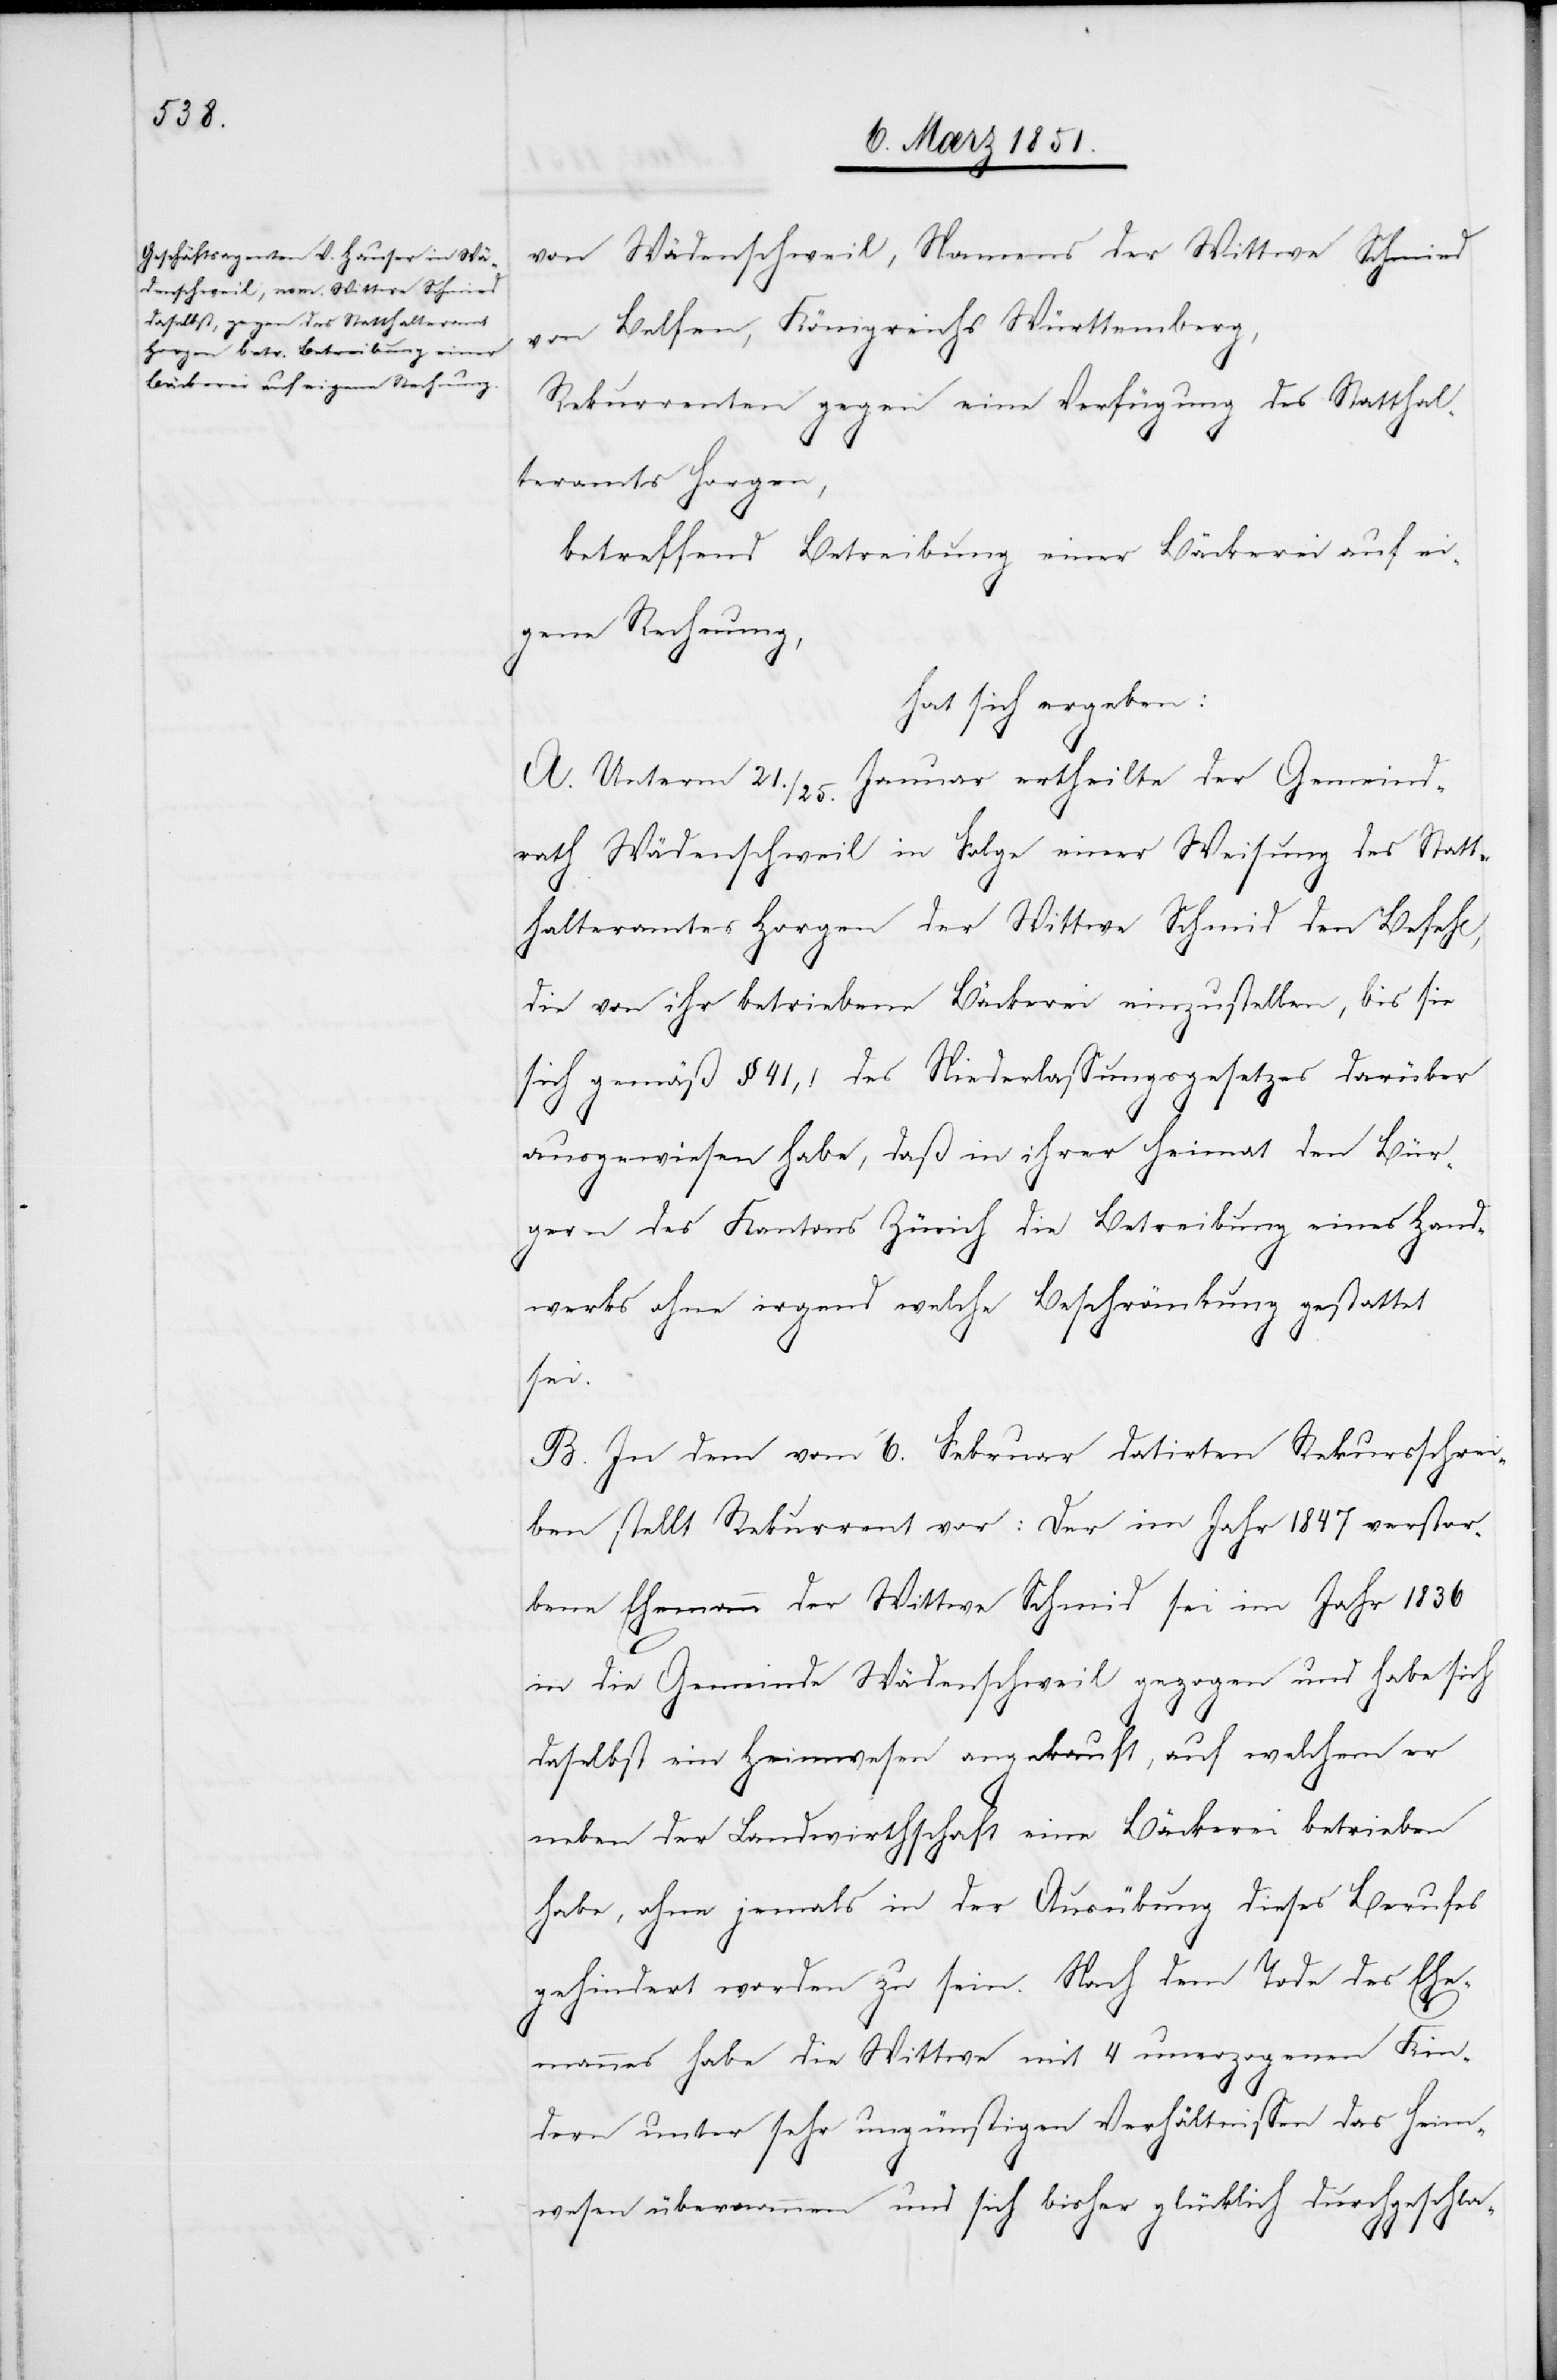
von Wädenschweil, Namens der Wittwe Schmied
[recte: Belsen], Königreichs Württemberg,
Rekurrenten gegen eine Verfügung des Statthal¬
teramts Horgen,
betreffend Betreibung einer Bäckerei auf ei¬
gene Rechnung,
hat sich ergeben:
A. Unterm 21./25. Januar ertheilte der Gemeind¬
rath Wädenschweil in Folge einer Weisung des Statt¬
halteramtes Horgen der Wittwe Schmid [sic!] den Befehl,
die von ihr betriebene Bäckerei einzustellen, bis sie
sich gemäß § 41, 1 des Niederlassungsgesetzes darüber
ausgewiesen habe, daß in ihrer Heimat den Bür¬
gern des Kantons Zürich die Betreibung eines Hand¬
werks ohne irgend welche Beschränkung gestattet
sei.
B. In dem vom 6. Februar datirten Rekursschrei¬
ben stellt Rekurrent vor: Der im Jahr 1847 verstor¬
bene Ehemann der Wittwe Schmid sei im Jahr 1836
in die Gemeinde Wädenschweil gezogen und habe sich
daselbst ein Heimwesen angekauft, auf welchem er
neben der Landwirthschaft eine Bäckerei betrieben
habe, ohne jemals in der Ausübung dieses Berufes
gehindert worden zu sein. Nach dem Tode des Ehe¬
mannes habe die Wittwe mit 4 unerzogenen Kin¬
dern unter sehr ungünstigen Verhältnissen das Heim¬
wesen übernommen und sich bisher glücklich durchgeschla-